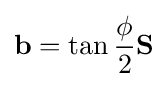
\mathbf {b} =\tan {\frac {\phi }{2}}\mathbf {S}